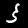
Label: 3